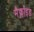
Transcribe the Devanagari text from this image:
मैक्लॉइड